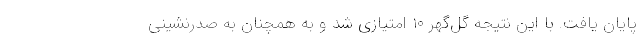
پایان یافت. با این نتیجه گل‌گهر ۱۰ امتیازی شد و به همچنان به صدرنشینی